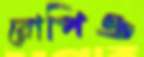
রোপিও